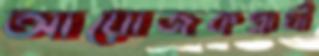
আয়োজকপ্রার্থী